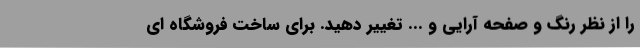
را از نظر رنگ و صفحه آرایی و ... تغییر دهید. برای ساخت فروشگاه ای